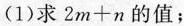
(1)求$$2 m + n$$的值；